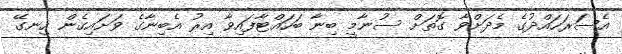
އެސަރަހައްދުގެ މެދަށްވާ ގޮތަށް ސުނާމީ ބިނާ ބަހައްޓާފައިވާ އިރު އެބިނާގެ ވަށައިގެން ހިނގޭ